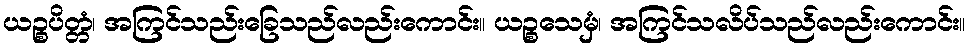
ယဉ္စပိတ္တံ၊ အကြင်သည်းခြေသည်လည်းကောင်း။ ယဉ္စသေမှံ၊ အကြင်သလိပ်သည်လည်းကောင်း။